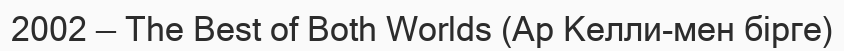
2002 — The Best of Both Worlds (Ар Келли-мен бірге)